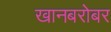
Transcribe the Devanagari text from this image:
खानबरोबर